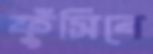
ফুঁসিবে